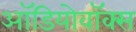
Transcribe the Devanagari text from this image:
ऑडियोवॉक्स